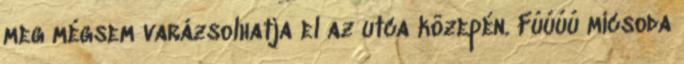
meg mégsem varázsolhatja el az utca közepén. Fúúúú micsoda